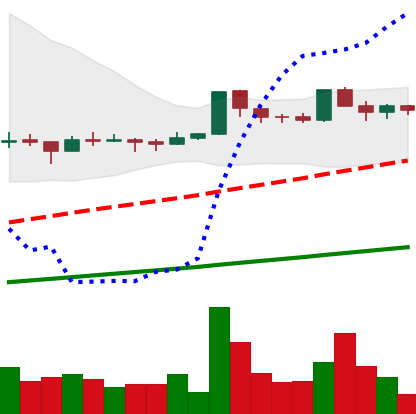
Ticker: DOGE-USD
Chart end date: 2021-03-17
Forward return: -4.668%
Label: down_3_5